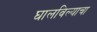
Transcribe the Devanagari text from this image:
घालविल्याचा